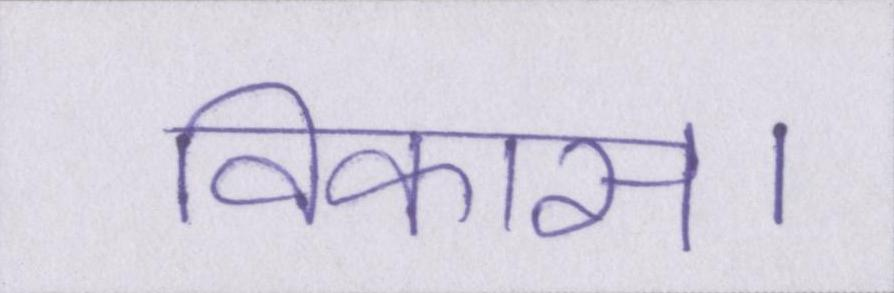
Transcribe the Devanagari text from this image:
विकास।